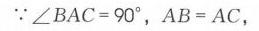
\(\because\angle BAC = 90^{\circ},AB = AC\)